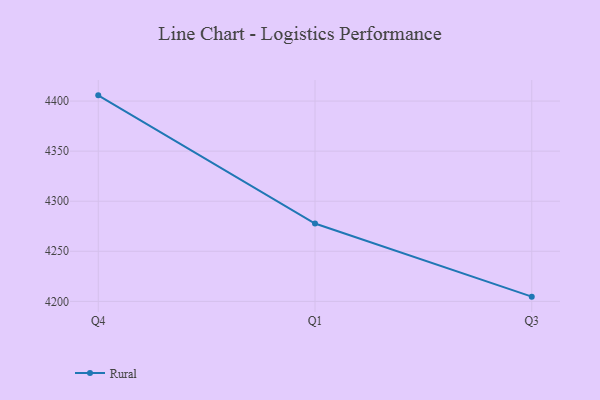
{"axis": {"x": "Quarter", "y": "Headcount"}, "legend": ["Rural"], "data": [{"x": "Q4", "y": 4405.7, "type": "Rural"}, {"x": "Q1", "y": 4277.7, "type": "Rural"}, {"x": "Q3", "y": 4204.7, "type": "Rural"}]}